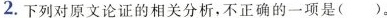
2.下列对原文论证的相关分析,不正确的一项是( )。